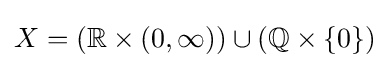
X=(\mathbb {R} \times (0,\infty ))\cup (\mathbb {Q} \times \{0\})